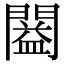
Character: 𨶂